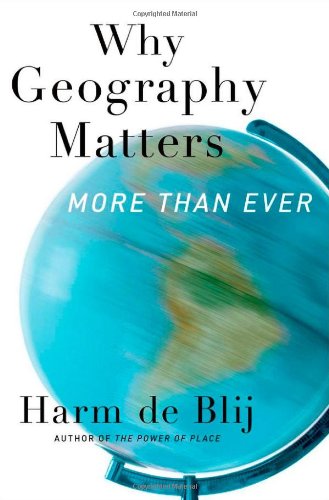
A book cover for Why Geography Matters: More Than Ever; Harm de Blij; Science & Math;